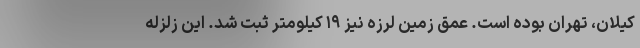
کیلان، تهران بوده است. عمق زمین لرزه نیز ۱۹ کیلومتر ثبت شد. این زلزله